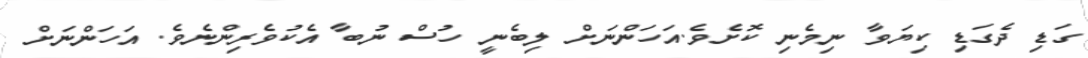
ގަޑި ދެގަޑި ކިޔަވާ ނިމެނި ކޮށެވެ.އަހަންނަށް ލިބެނީ ހުސް ނުބާ އެކުވެރިންނެވެ. އަހަންނަށް